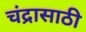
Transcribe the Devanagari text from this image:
चंद्रासाठी